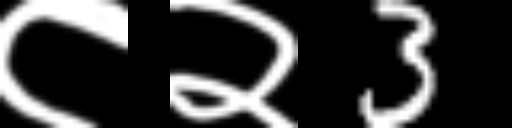
Text: ८२3